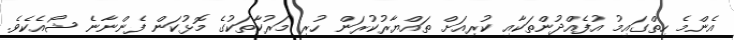
އެންމެ ހިތްގައިމު އުފެއްދުންތަކާއި ކުރިއަށް ތައްޔާރުކުރަން ހުރި މަރުކާތަކުގެ މޮޅުކަން ފެންނާނެ ޝޯއެކެވެ.